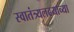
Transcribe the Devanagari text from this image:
स्वातंत्र्यलढयाच्या